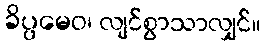
ခိပ္ပမေဝ၊ လျင်စွာသာလျှင်။